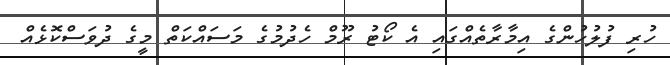
ހުރި ފުލުހުންގެ އިމާރާތެއްގައި އެ ކޯޓު ރޫމް ހެދުމުގެ މަސައްކަތް މީގެ ދުވަސްކޮޅެއް